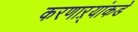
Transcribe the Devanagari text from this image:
करणाऱ्यांकडे